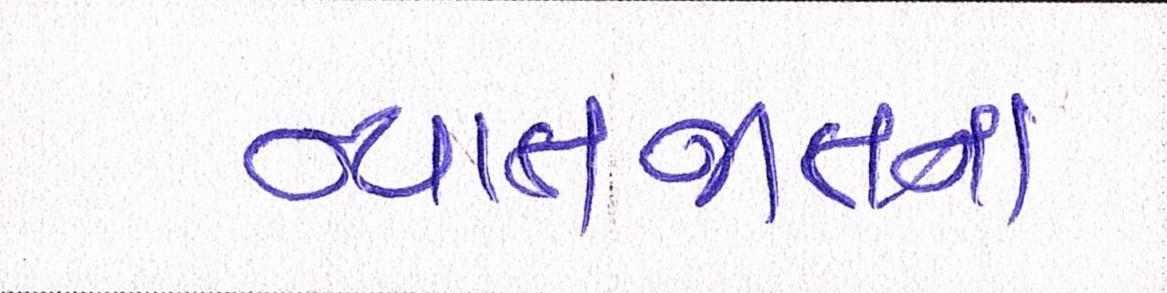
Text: ન્યાતજાતના